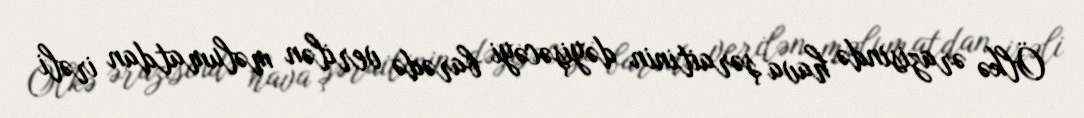
Ölkə ərazisində hava şəraitinin dəyişəcəyi barədə verilən məlumatdan irəli